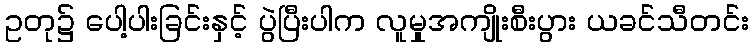
ဥတု၌ ပေါ့ပါးခြင်းနှင့် ပွဲပြီးပါက လူမှုအကျိုးစီးပွား ယခင်သီတင်း